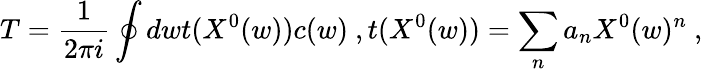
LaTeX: T=\frac{1}{2\pi i}\oint dwt(X^{0}(w))c(w)\ ,t(X^{0}(w))=\sum_{n}a_{n}X^{0}(w)^{n}\ ,